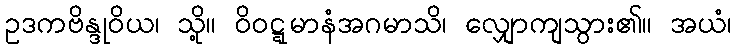
ဥဒကဗိန္ဒုဝိယ၊ သို့။ ဝိဝဋ္ဋမာနံအဂမာသိ၊ လျှောကျသွား၏။ အယံ၊